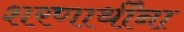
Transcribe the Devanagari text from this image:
शरणार्थींना